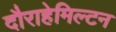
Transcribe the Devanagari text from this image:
दौराहेमिल्टन